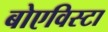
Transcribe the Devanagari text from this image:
बोएविस्टा